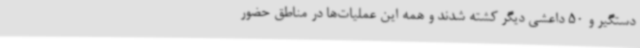
دستگیر و 50 داعشی دیگر کشته شدند و همه این عملیات‌ها در مناطق حضور